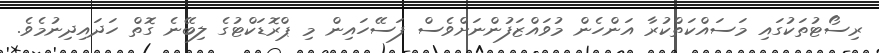
ރިސޯޓުތަކުގައި މަސައްކަތްކުރާ އަންހެން މުވައްޒަފުންނަށްވެސް ފަސޭހައިން މި ޕްރޮޑަކްޓުގެ ލިބޭނެ ގޮތް ހަދައިދިނުމެވެ.